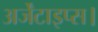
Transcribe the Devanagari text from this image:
अर्जेंटाइप्स।